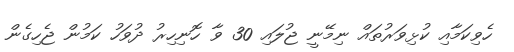
ހެވިކަމާއި ކުޅިވަރުތައް ނިމޭނީ ޖުލައި 30 ވާ ހޮނިހިރު ދުވަހު ކަމުން ޖެހިގެން